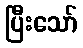
ပြီးသော်